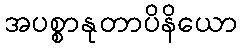
အပစ္စာနုတာပိနိယော